Bombay plague: being a history of the progress of plague in the Bombay presidency from September 1896 to June 1899
Year: 1896
Disease focus: Plague
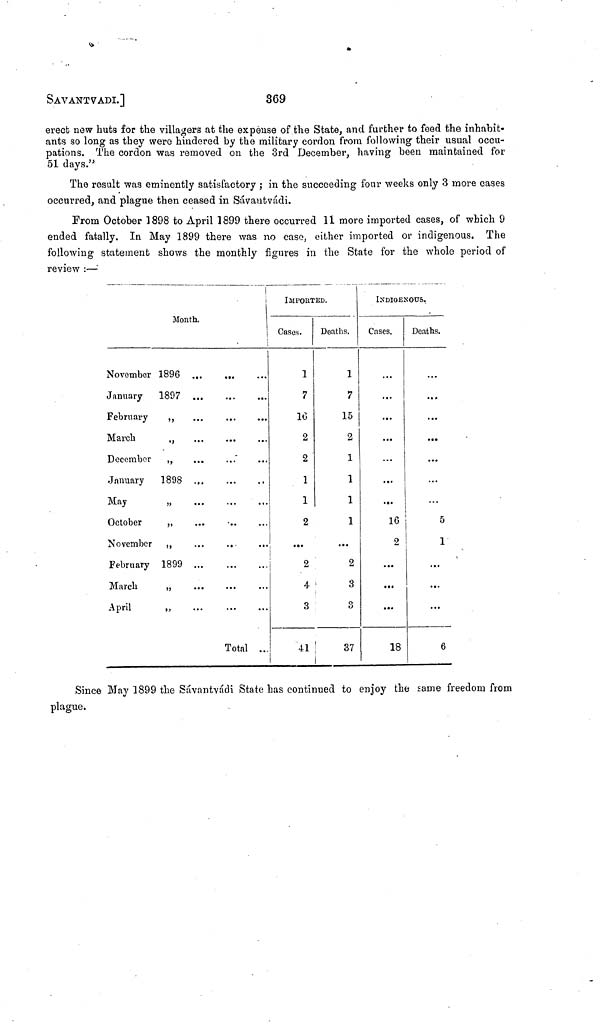
SAVANTVADI.]
369
erect new huts for the villagers at the expense of the State, and further to feed the inhabit-
ants so long as they were hindered by the military cordon from following their usual occu-
pations. The cordon was removed on the 3rd December, having been maintained for
51 days."
The result was eminently satisfactory ; in the succeeding four weeks only 3 more cases
occurred, and plague then ceased in Sávantvádi.
From October 1898 to April 1899 there occurred 11 more imported cases, of which 9
ended fatally. In May 1899 there was no case, either imported or indigenous. The
following statement shows the monthly figures in the State for the whole period of
review :—
Month.
November 1896
January
1897
February
,,
March
,,
December
„
January
1898
May
„
October
,,
November ,,
February 1899
March
„
April
„
Total ...
IMPORTED.
Cases.
1
7
16
2
2
1
1
2
2
4
3
41
Deaths.
1
7
15
2
1
1
1
1
...
2
3
3
37
INDIGENOUS.
Cases.
...
...
...
...
.4.
16
2
...
...
...
18
Deaths.
...
...
...
...
...
5
1
...
...
...
6
Since May 1899 the Sávantvádi State has continued to enjoy the same freedom from
plague.